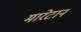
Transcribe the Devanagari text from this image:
मारेटान